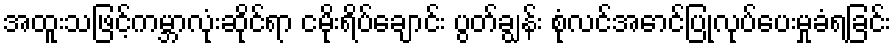
အထူးသဖြင့်ကမ္ဘာလုံးဆိုင်ရာ ငမိုးရိပ်ချောင်း ပွတ်ချွန်း စုံလင်အောင်ပြုလုပ်ပေးမှုခံရခြင်း